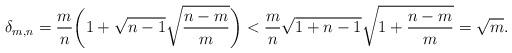
LaTeX: \begin{align*}\delta_{m,n} & = \frac{m}{n} \bigg( 1 + \sqrt{n-1} \sqrt{\frac{n-m}{m}} \bigg)< \frac{m}{n} \sqrt{1+n-1} \sqrt{ 1+ \frac{n-m}{m} }= \sqrt{m}.\end{align*}